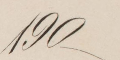
190